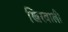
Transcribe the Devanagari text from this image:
खिरवाली